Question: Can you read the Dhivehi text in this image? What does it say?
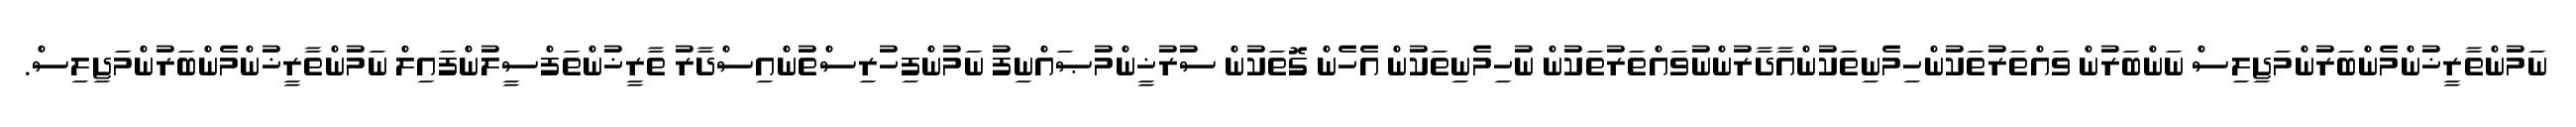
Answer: ނަމުންތާރީޚުންމެންބަރުންމަޖިލިސް ނަންބަރުން ވައްތަރުތަކުންހިމެނިތަކުންއާދާރުންނުވައްތަރުތަކުން ނުހިމެނިތަކުން އެހެން ގޮތަކުން ސުރުޚީންމުޞައްނިފު ނަމުންފިހުރިސްތުންއިސްދާރު ތާރީޚުންތަފްސީލުންފައިލް ނަމުންތާރީޚުންމެންބަރުންމަޖިލިސް.